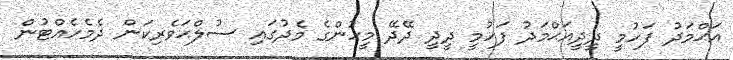
އަޙްމަދު ފަހުމީ ދީދީއަޙްމަދު ފަހުމީ ދީދީ ދޭދޭ މީހުންގެ މެދުގައި ސުލްޙަވެރިކަން ދެމެހެއްޓުން